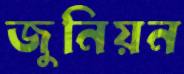
জুনিয়ন